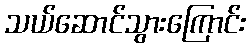
သယ်ဆောင်သွားကြောင်း